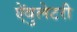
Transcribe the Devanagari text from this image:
ऐंबुलेटरी